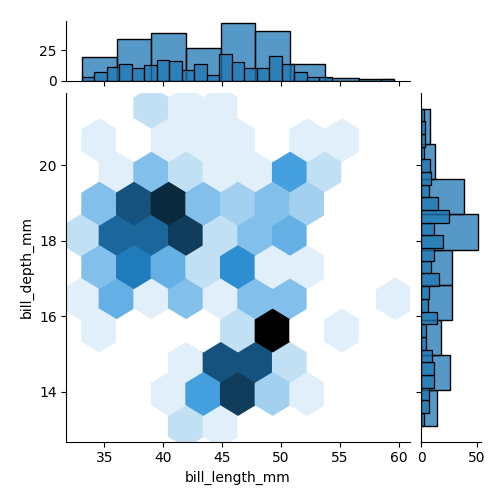
python, seaborn, jointplot, kind='hex', height='5', ratio='5', marginal_ticks='True'